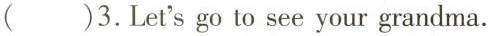
( )3.Let'sgo to see your grandma.